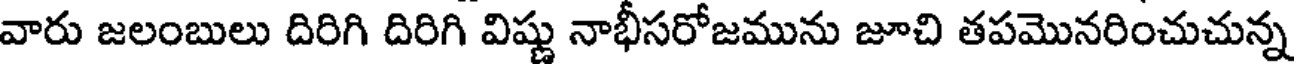
వారు జలంబులు దిరిగి దిరిగి విష్ణు నాభీసరోజమును జూచి తపమొనరించుచున్న